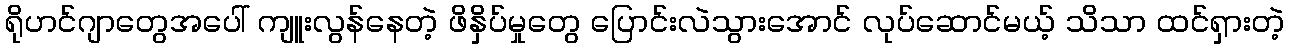
ရိုဟင်ဂျာတွေအပေါ် ကျူးလွန်နေတဲ့ ဖိနှိပ်မှုတွေ ပြောင်းလဲသွားအောင် လုပ်ဆောင်မယ့် သိသာ ထင်ရှားတဲ့